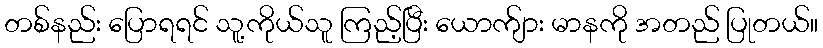
တစ်နည်း ပြောရရင် သူ့ကိုယ်သူ ကြည့်ပြီး ယောက်ျား မာနကို အတည် ပြုတယ်။